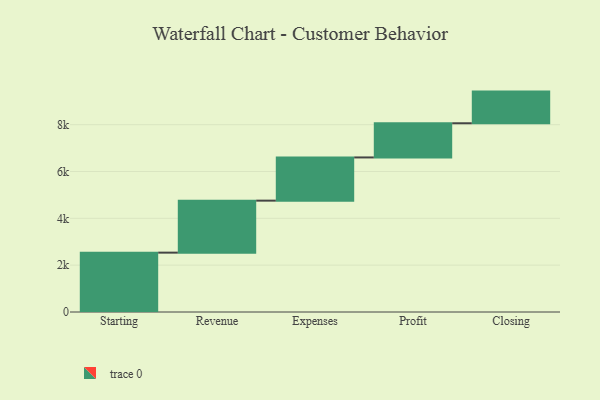
{"axis": {"x": "Step", "y": "Value"}, "legend": [""], "data": [{"x": "Starting", "y": 2535.0, "type": ""}, {"x": "Revenue", "y": 2221.0, "type": ""}, {"x": "Expenses", "y": 1845.0, "type": ""}, {"x": "Profit", "y": 1460.0, "type": ""}, {"x": "Closing", "y": 1352.0, "type": ""}]}